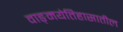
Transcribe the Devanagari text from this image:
वाङ्‌मयेतिहासातील